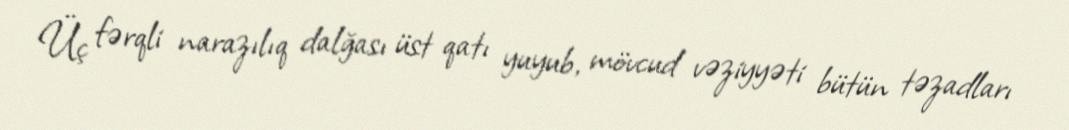
Üç fərqli narazılıq dalğası üst qatı yuyub, mövcud vəziyyəti bütün təzadları